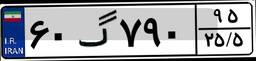
۶۰گ۷۹۰۹۵